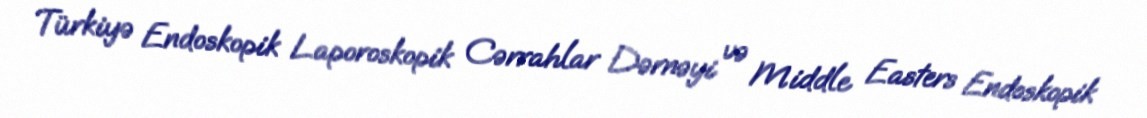
Türkiyə Endoskopik Laporoskopik Cərrahlar Dərnəyi və Middle Easters Endoskopik